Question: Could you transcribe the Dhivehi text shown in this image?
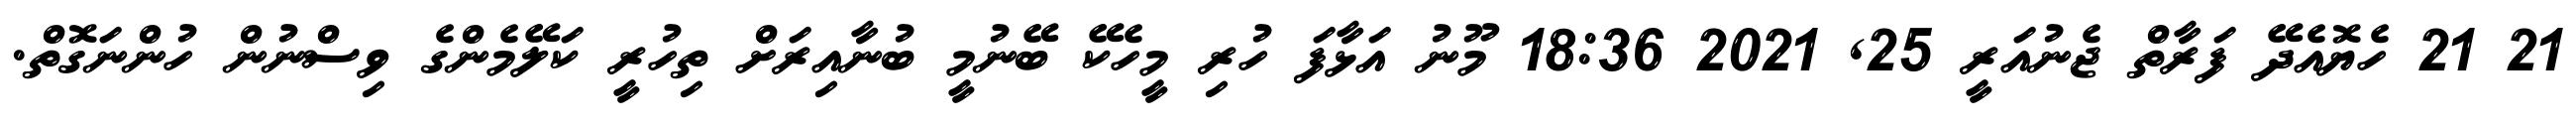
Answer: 21 21 ހެޔޮއެދޭ ފަރާތް ޖެނުއަރީ 25, 2021 18:36 މޫނު އަޅާފަ ހުރި މީހެކޭ ބޭނުމީ ބުނާއިރަށް ތިހުރީ ކަލޭމެންގެ ވިސްނުން ހުންނަގޮތް.